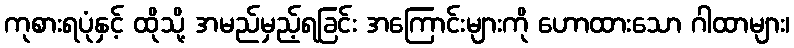
ကုစားရပုံနှင့် ထိုသို့ အမည်မှည့်ရခြင်း အကြောင်းများကို ဟောထားသော ဂါထာများ၊